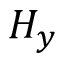
H _ { y }